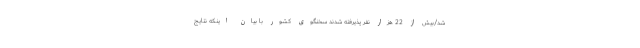
شد/بیش از 22 هزار نفر پذیرفته شدند سخنگوی کشور با بیان اینکه نتایج